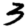
Digit: 3